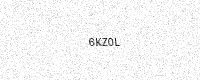
Text: 6KZ0L